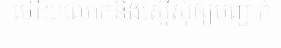
ហើយលោកនឹងស្នើសុំឲ្យបញ្ជាក់